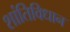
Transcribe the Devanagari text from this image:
शांतिविधान